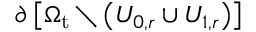
\partial \left[ \Omega _ { \mathrm { t } } \setminus \left( U _ { 0 , r } \cup U _ { 1 , r } \right) \right]